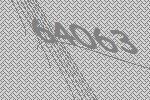
64063